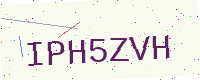
Text: IPH5ZVH